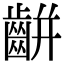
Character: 𪘀